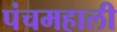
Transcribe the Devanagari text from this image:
पंचमहाली